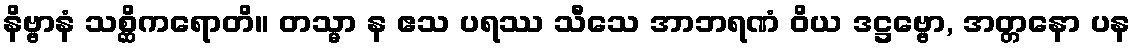
နိဗ္ဗာနံ သစ္ဆိကရောတိ။ တသ္မာ န ဧသ ပရဿ သီသေ အာဘရဏံ ဝိယ ဒဋ္ဌဗ္ဗော, အတ္တနော ပန